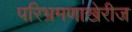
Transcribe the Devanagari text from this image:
परिभ्रमणाखेरीज